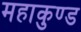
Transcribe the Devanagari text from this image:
महाकुण्ड